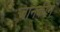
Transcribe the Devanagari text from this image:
जानकीने